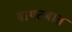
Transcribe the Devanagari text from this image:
बाथटबात